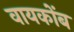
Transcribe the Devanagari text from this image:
वायकोंब